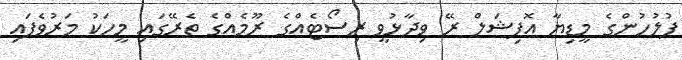
ފުލުހުންގެ މީޑިޔާ އޮފިޝަލް ރޭ ވިދާޅުވީ ރިސޯޓެއްގެ ރޫމެއްގެ ތެރޭގައި މީހަކު މަރުވެފައި